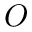
O